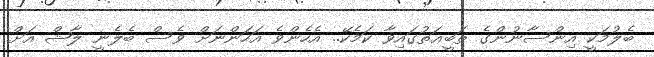
ބެލުމަކީ އިންސާނުންގެ ޠަބީޢަތުގައިވާ ކަމެކޭ.. އެހެންވެ އަހަންނަށް ވެސް ބެލެނީ ލާޝް އަށް